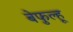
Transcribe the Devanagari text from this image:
बेफुल्हू